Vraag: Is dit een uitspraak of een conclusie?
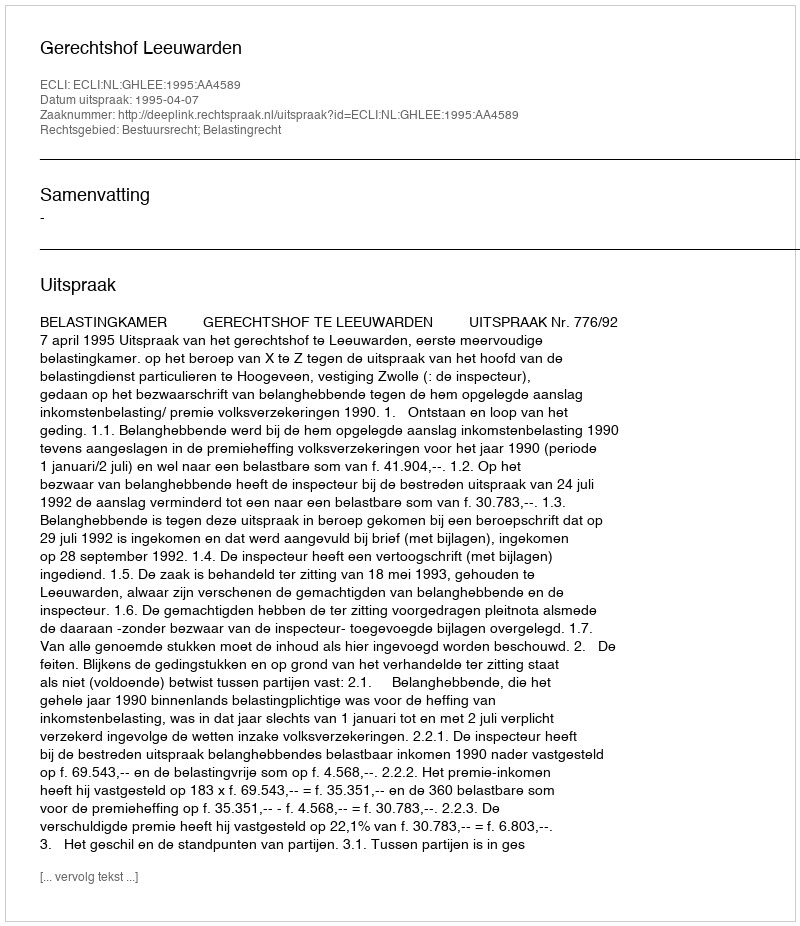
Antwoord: Uitspraak